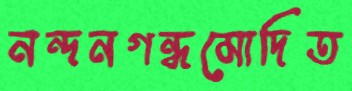
নন্দনগন্ধমোদিত